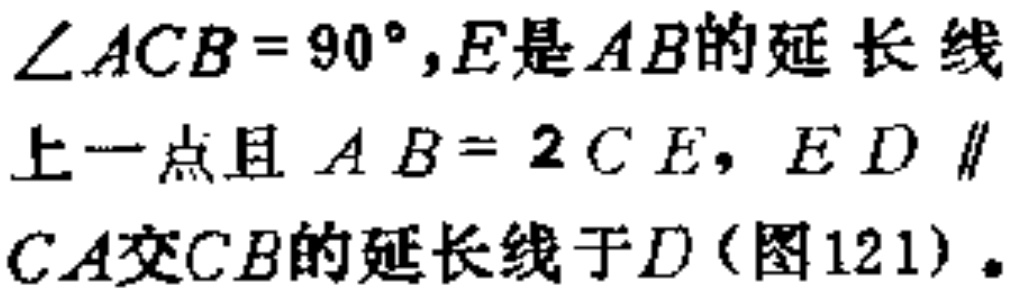
$\angle ACB = 90^{\circ},E是AB的延长线\\上一点且AB = 2CE，ED\parallel\\CA交CB的延长线于D(图121)。$